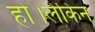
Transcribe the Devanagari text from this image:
हो।लेकिन